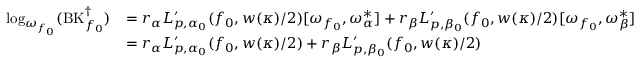
\begin{array} { r } { \begin{array} { r l } { \log _ { \omega _ { f _ { 0 } } } ( \mathrm { B K } _ { f _ { 0 } } ^ { \dagger } ) } & { = r _ { \alpha } L _ { p , \alpha _ { 0 } } ^ { \prime } ( f _ { 0 } , { w ( \kappa ) } / { 2 } ) [ \omega _ { f _ { 0 } } , \omega _ { \alpha } ^ { * } ] + r _ { \beta } L _ { p , \beta _ { 0 } } ^ { \prime } ( f _ { 0 } , { w ( \kappa ) } / { 2 } ) [ \omega _ { f _ { 0 } } , \omega _ { \beta } ^ { * } ] } \\ & { = r _ { \alpha } L _ { p , \alpha _ { 0 } } ^ { \prime } ( f _ { 0 } , { w ( \kappa ) } / { 2 } ) + r _ { \beta } L _ { p , \beta _ { 0 } } ^ { \prime } ( f _ { 0 } , { w ( \kappa ) } / { 2 } ) } \end{array} } \end{array}